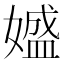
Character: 𡡛